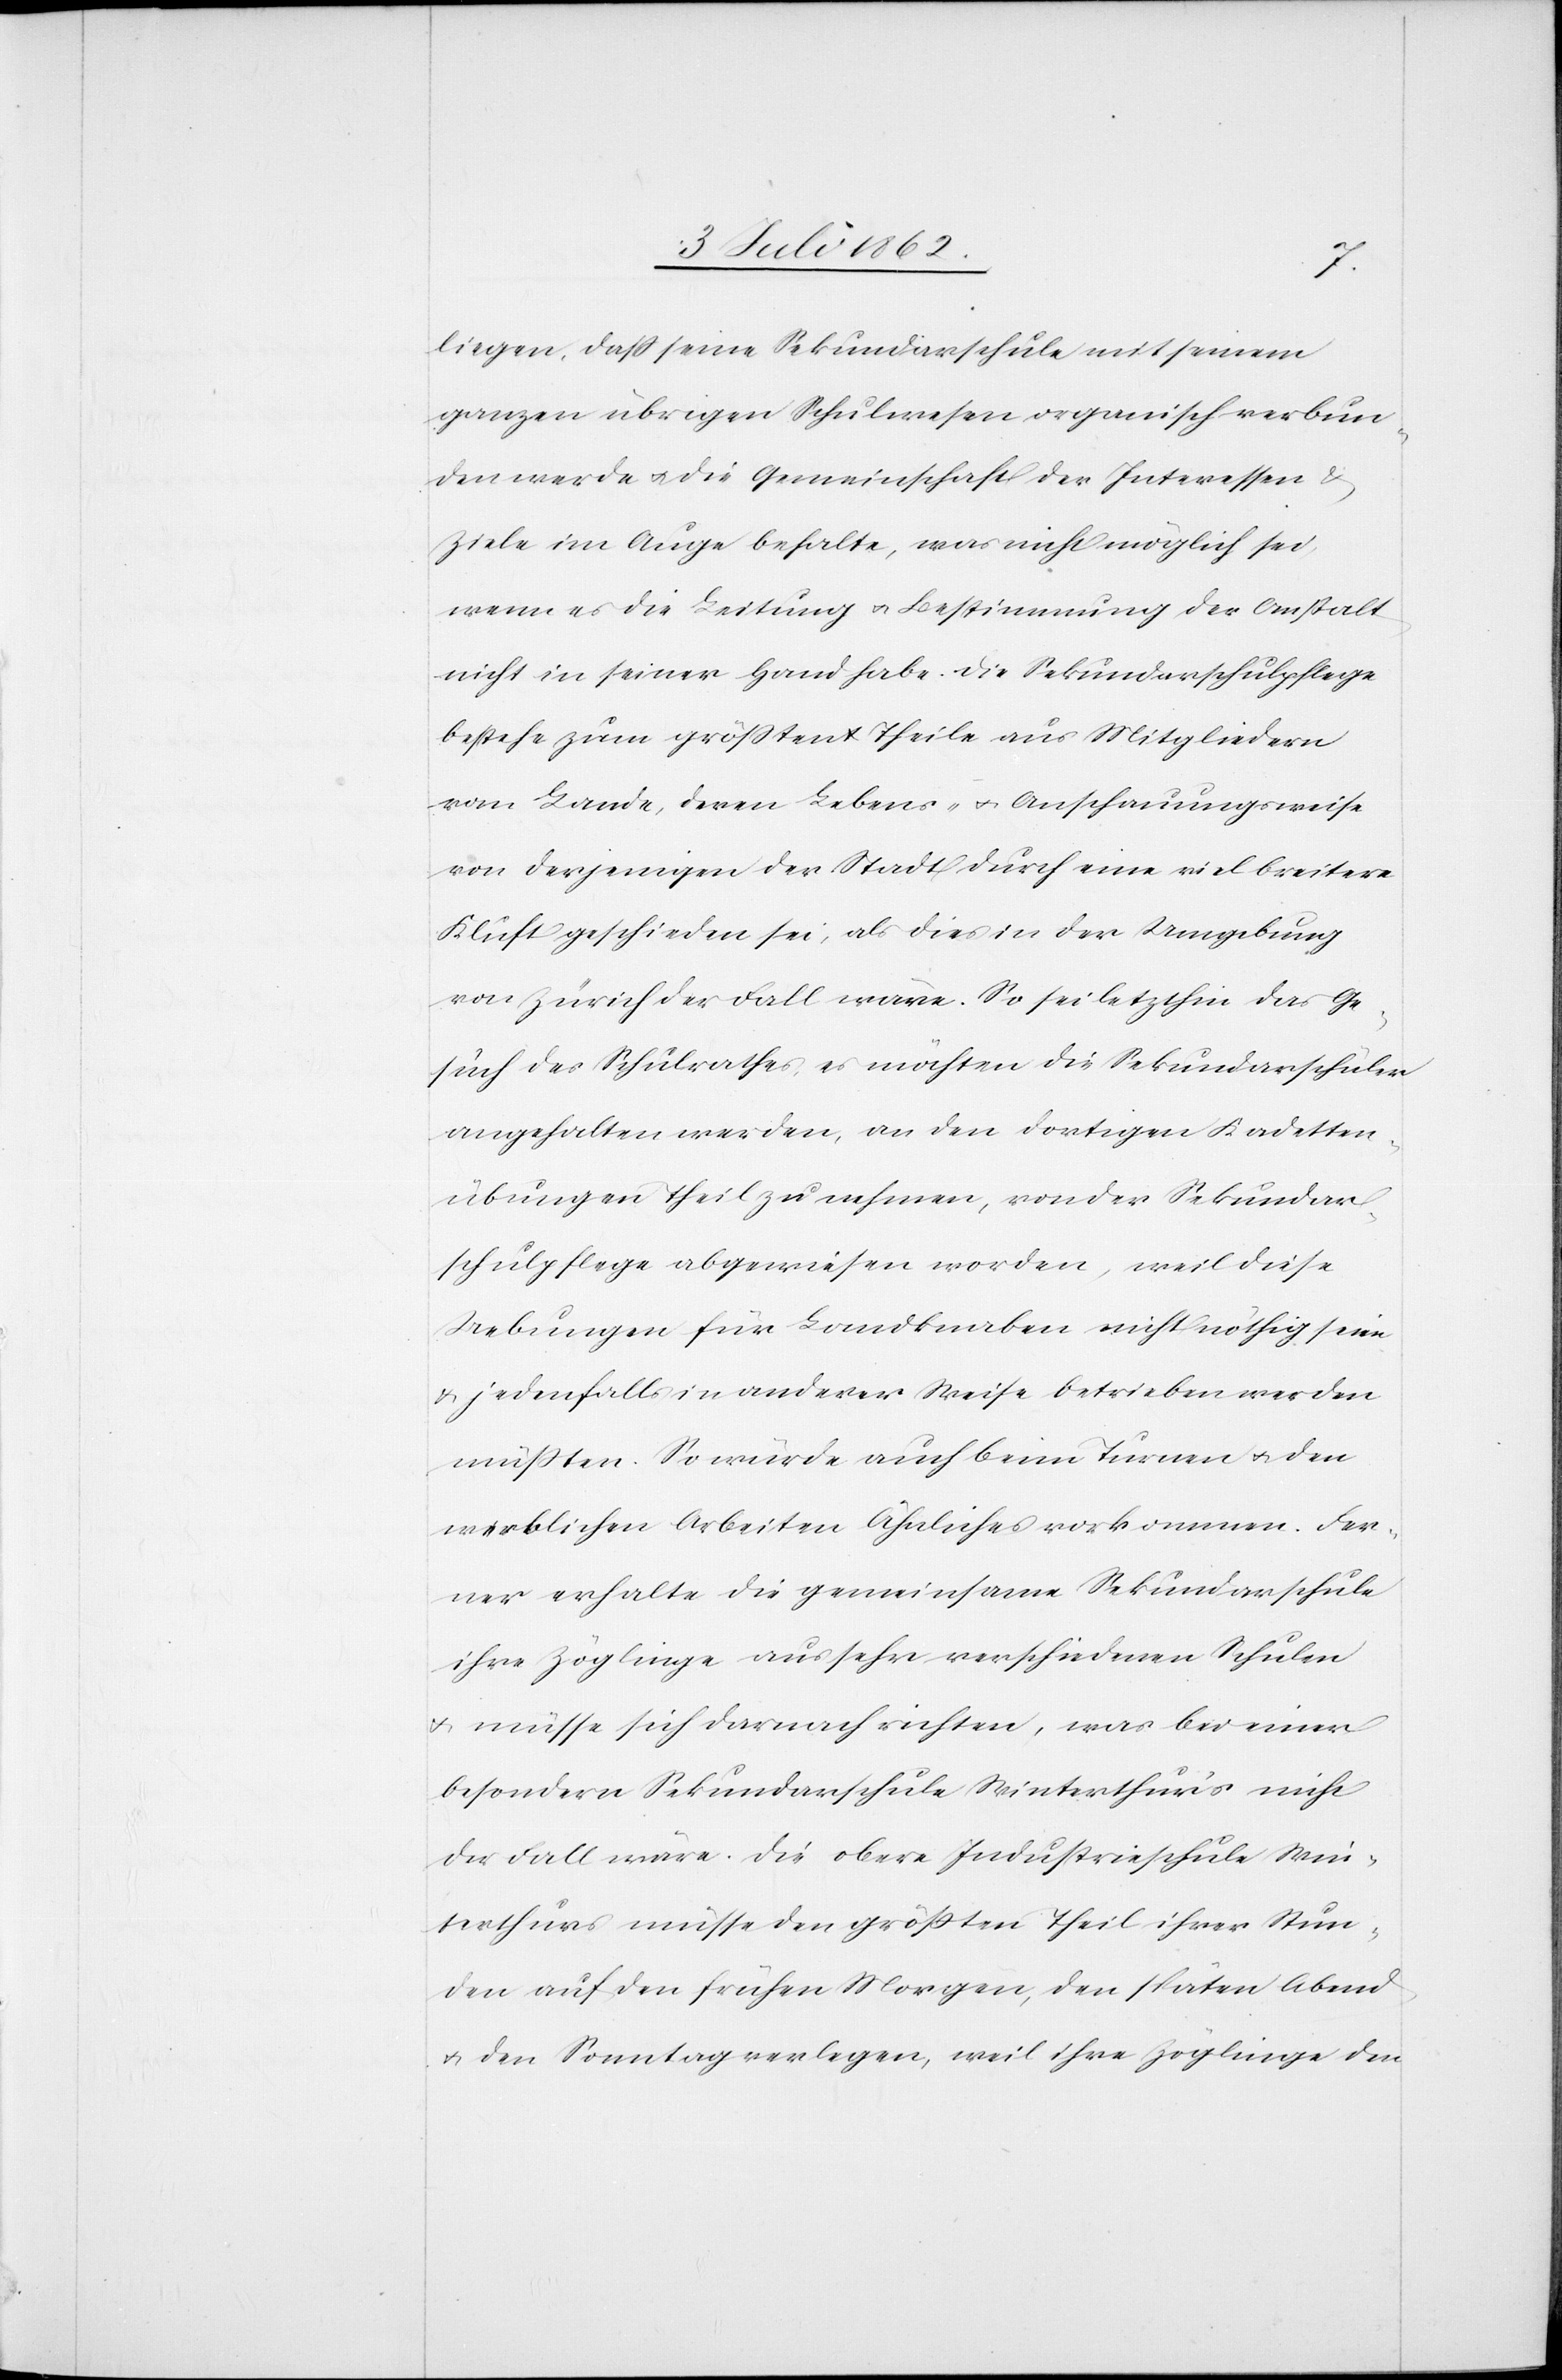
liegen, daß seine Sekundarschule mit seinem
ganzen übrigen Schulwesen organisch verbun¬
den werde u. die Gemeinschaft der Interessen u.
Ziele im Auge behalte, was nicht möglich sei,
wenn es die Leitung u. Bestimmung der Anstalt
nicht in seiner Hand habe. Die Sekundarschulpflege
bestehe zum größten Theile aus Mitgliedern
vom Lande, deren Lebens- u. Anschauungsweise
von derjenigen der Stadt durch eine viel breitere
Kluft geschieden sei, als dieß in der Umgebung
von Zürich der Fall wäre. So sei letzthin das Ge¬
such des Schulrathes, es möchten die Sekundarschüler
angehalten werden, an den dortigen Kadetten¬
übungen Theil zu nehmen, von der Sekundar¬
schulpflege abgewiesen worden, weil diese
Uebungen für Landknaben nicht nöthig seien
u. jedenfalls in anderer Weise betrieben werden
müßten. So würde auch beim Turnen u. den
werklichen Arbeiten Ähnliches vorkommen. Fer¬
ner erhalte die gemeinsame Sekundarschule
ihre Zöglinge aus sehr verschiedenen Schulen
u. müsse sich darnach richten, was bei einer
besondern Sekundarschule Winterthur’s nicht
der Fall wäre. Die obere Industrieschule Win¬
terthurs müsse den größten Theil ihrer Stun¬
den auf den frühen Morgen, den späten Abend
u. den Sonntag verlegen, weil ihre Zöglinge den